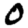
Digit: 0